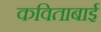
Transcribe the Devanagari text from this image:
कविताबाई